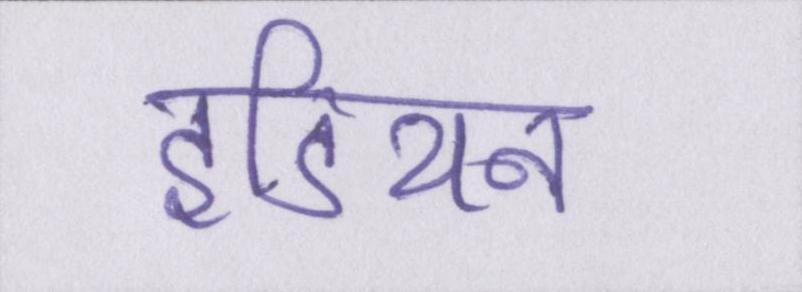
इंडियन